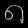
Digit: ၈